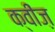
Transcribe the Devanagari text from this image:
क्वींज़